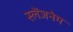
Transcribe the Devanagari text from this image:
स्लेंजनेम